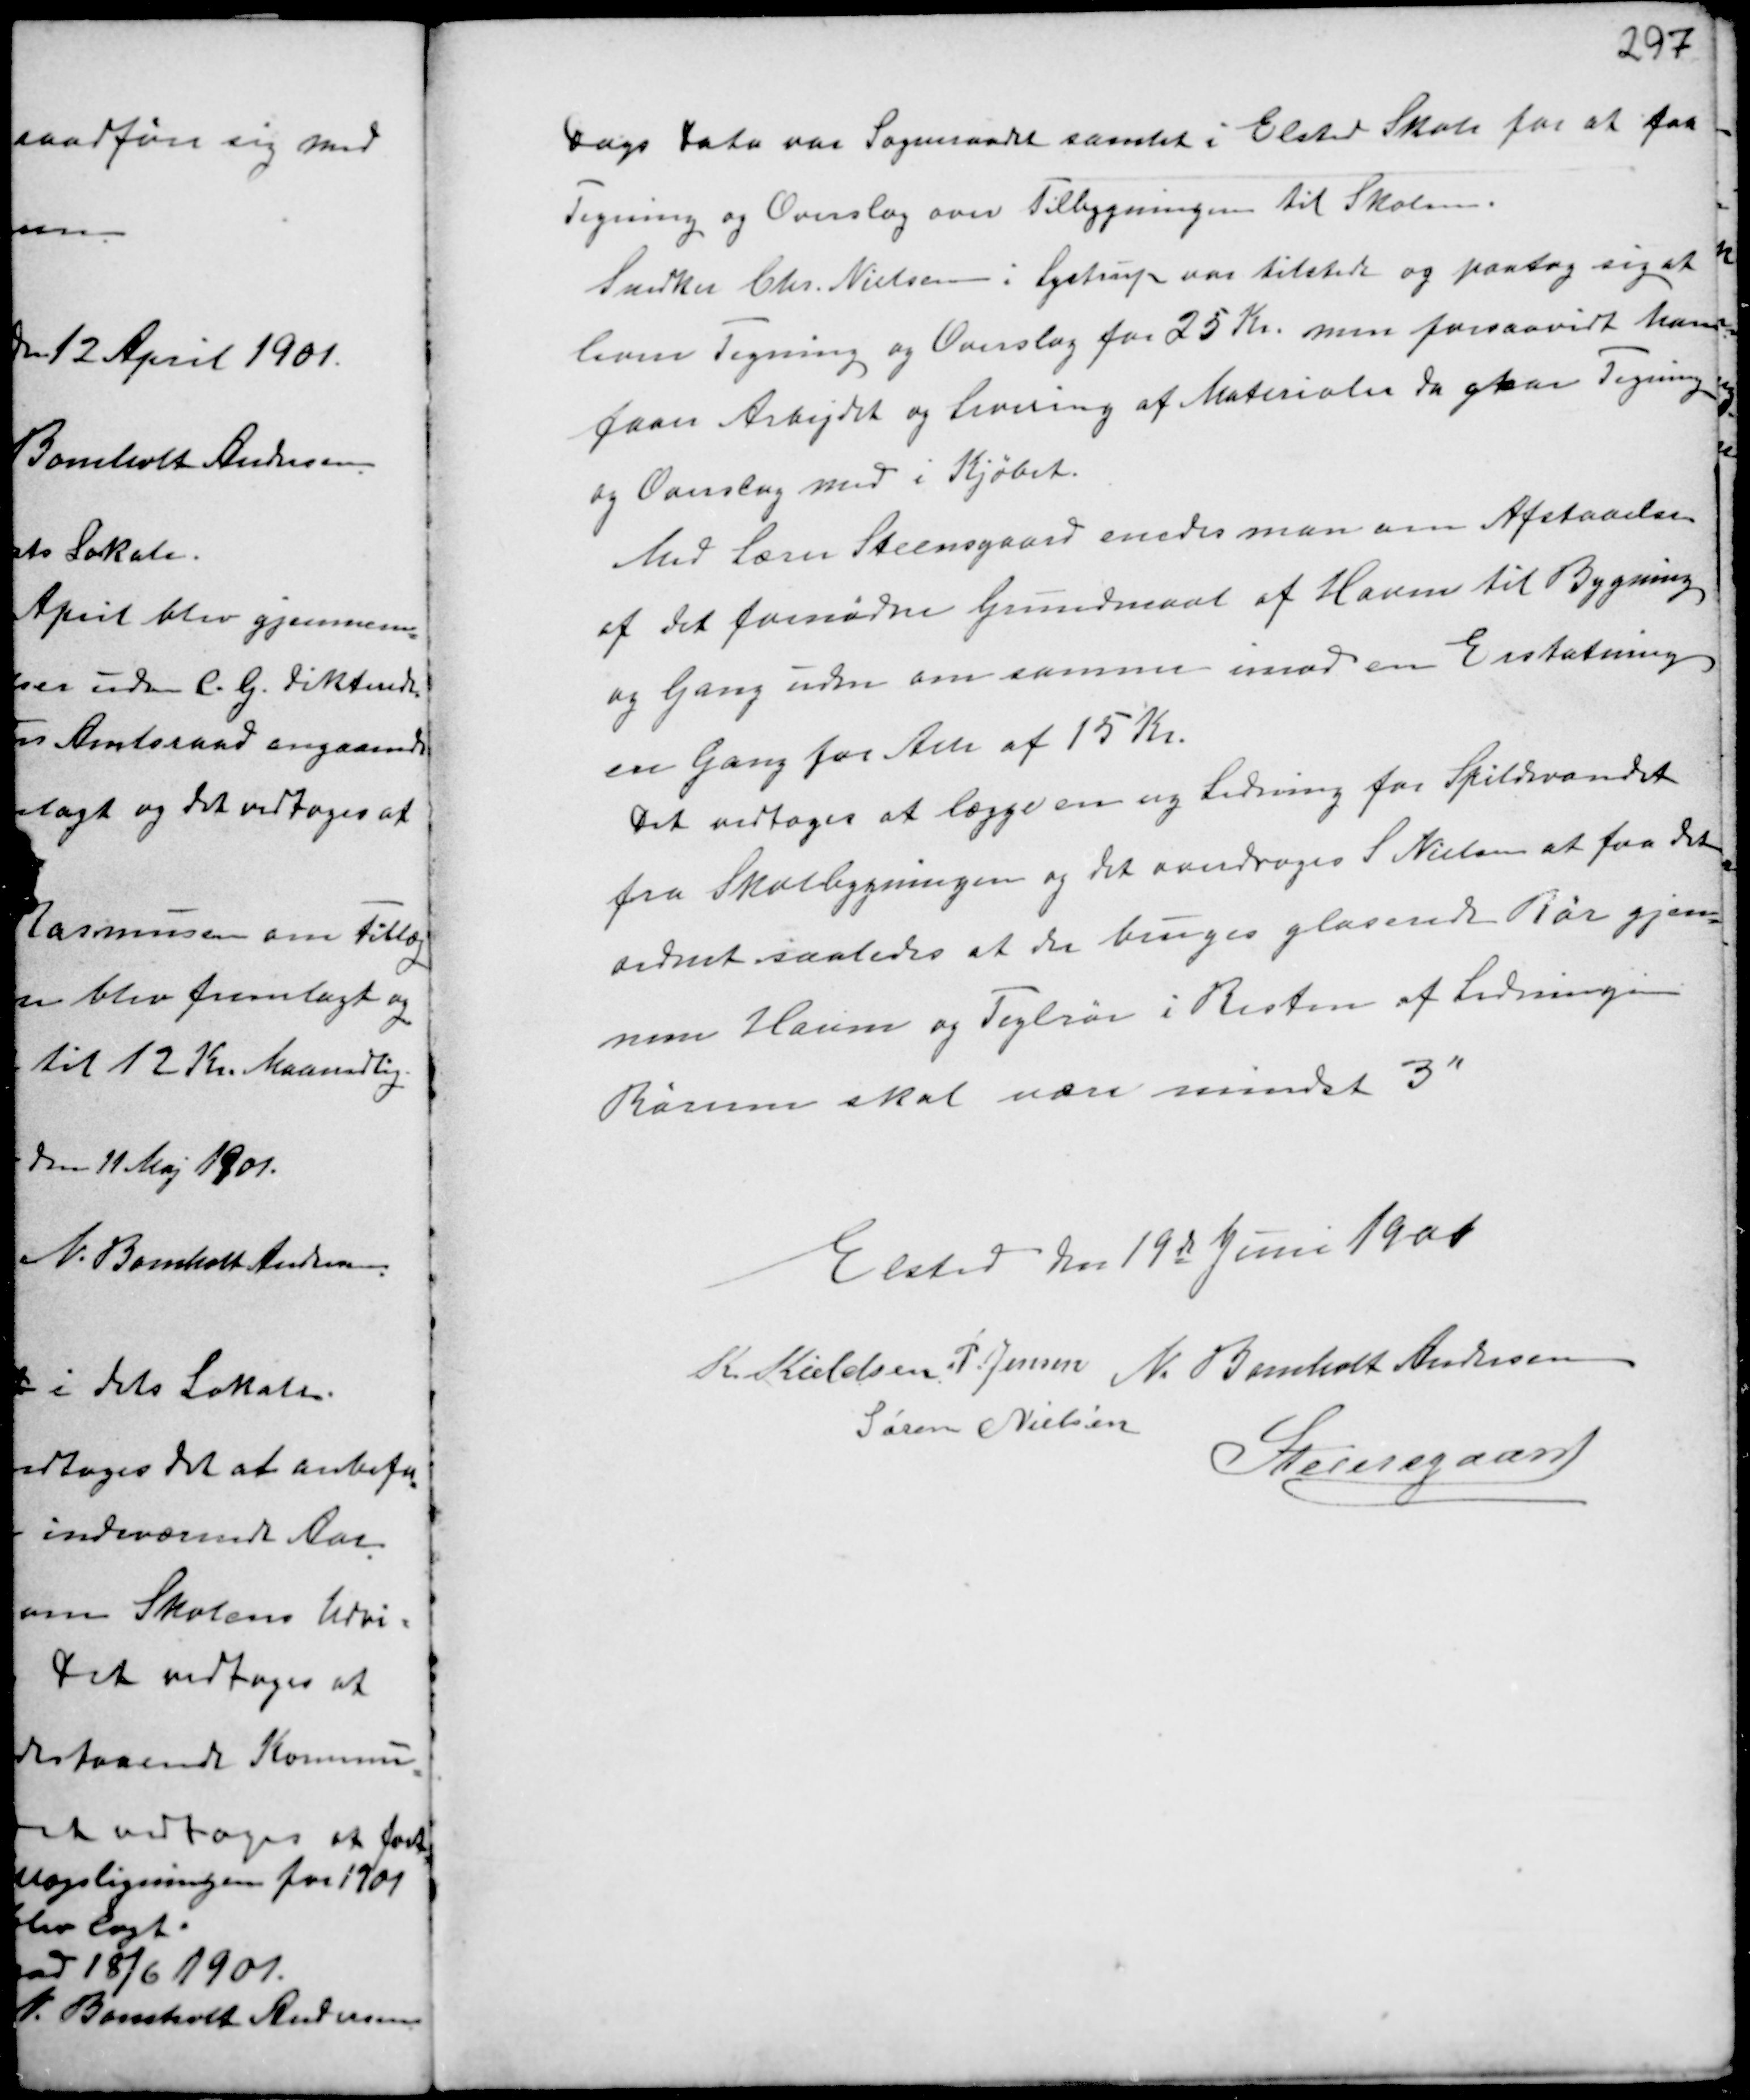
Transskription:
Dags Dato var Sogneraadet samlet i Elsted Skole for at faa
Tegning og Overslag over Tilbygningen til Skolen.
Snedker Chr. Nielsen i Lystrup var tilstede og paatog sig at
levere Tegning og Overslag for 25 Kr. men forsaavidt han
faar Arbejdet og levering af Materialer da gaar Tegning
og Overslag med i Kjøbet.
Med Lærer Steensgaard enedes man om Afstaaelse
af det fornødne Grundmaal af Haven til Bygning
og Gang uden om samme imod en Erstatning
en Gang for Alle af 15 Kr.
Det vedtoges at lægge ny Ledning for Spildevandet
fra Skolebygningen og det overdroges S. Nielsen at faa det
ordnet saaledes at der bruges glaserede Rør gjen-
nem Haven og Teglrør i Resten af Ledningen.
Rørerne skal være mindst 3"

Elsted den 19de Juni 1901
K Kieldsen P. Jensen N. Bomholt Andersen
Søren Nielsen
Steensgaard